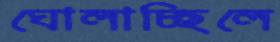
ঘোলাচ্ছিলে